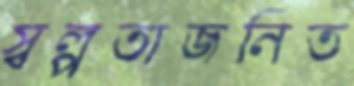
স্বল্পতাজনিত